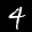
Label: 4